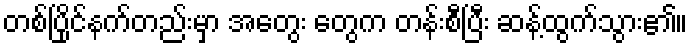
တစ်ပြိုင်နက်တည်းမှာ အတွေး တွေက တန်းစီပြီး ဆန့်ထွက်သွား၏။